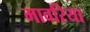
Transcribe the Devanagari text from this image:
मावरिया